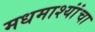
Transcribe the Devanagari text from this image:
मधमाश्यांंचा